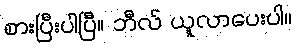
စားပြီးပါပြီ။ ဘီလ် ယူလာပေးပါ။